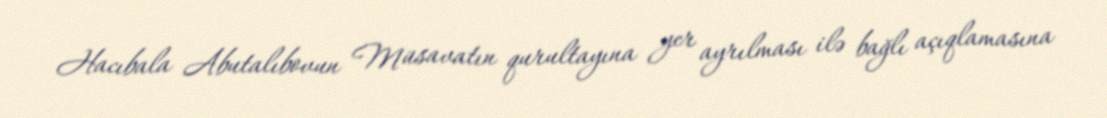
Hacıbala Abutalıbovun Müsavatın qurultayına yer ayrılması ilə bağlı açıqlamasına